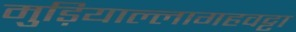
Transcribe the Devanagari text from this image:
मुड़ियाल्लागहवट्टा